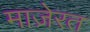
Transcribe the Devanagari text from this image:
माज़ेरत